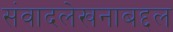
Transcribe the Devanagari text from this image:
संवादलेखनाबद्दल